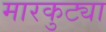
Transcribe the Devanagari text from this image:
मारकुट्या